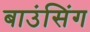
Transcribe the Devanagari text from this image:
बाउंसिंग